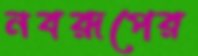
নবরূপের